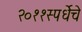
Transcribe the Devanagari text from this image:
२०११स्पर्धेचे